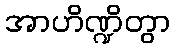
အာဟိဏ္ဍိတွာ